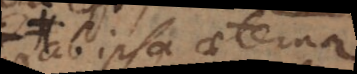
ab ipsa aeterna